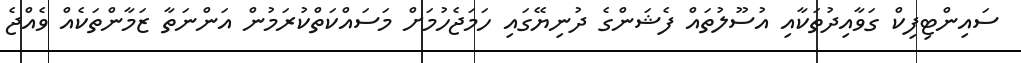
ސައިންޓިފިކް ގަވާއިދުތަކާއި އުސޫލުތައް ފެޝަންގެ ދުނިޔޭގައި ހަމަޖެހުމަށް މަސައްކަތްކުރަމުން އަންނަތާ ޒަމާންތަކެއް ވެއްޖެ